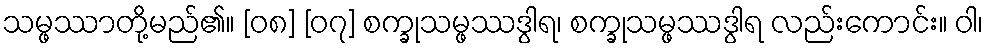
သမ္ဖဿာတို့မည်၏။ [၀၈] [၀၇] စက္ခုသမ္ဖဿဒွါရ၊ စက္ခုသမ္ဖဿဒွါရ လည်းကောင်း။ ဝါ၊